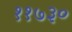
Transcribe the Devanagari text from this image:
११७३०